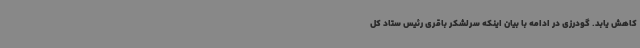
کاهش یابد. گودرزی در ادامه با بیان اینکه سرلشکر باقری رئیس ستاد کل